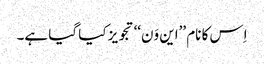
اِس کا نام ’’این وَن‘‘ تجویز کیا گیا ہے۔